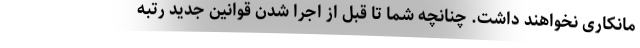
مانکاری نخواهند داشت. چنانچه شما تا قبل از اجرا شدن قوانین جدید رتبه